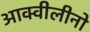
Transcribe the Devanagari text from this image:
आक्वीलीनो